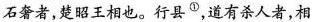
石奢者，楚昭王相也。行县^{①}，道有杀人者，相